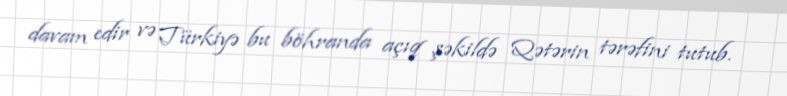
davam edir və Türkiyə bu böhranda açıq şəkildə Qətərin tərəfini tutub.